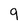
Character: 9